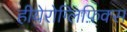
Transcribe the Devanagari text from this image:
हीयेरोग्लिफ़िक्स